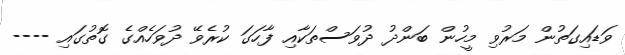
ވަޑައިގަތުން މަރުވި މީހުން ބަންދު ދުވަސްތަކާއި ފާހަގަ ކުރެވޭ ދުވަހެއްގެ ގޮތުގައި ----